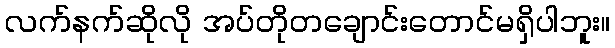
လက်နက်ဆိုလို အပ်တိုတချောင်းတောင်မရှိပါဘူး။